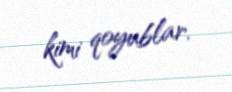
kimi qoyublar.